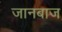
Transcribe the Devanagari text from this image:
जानबाज